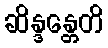
ဆိန္ဒန္တေတိ